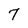
Character: 7